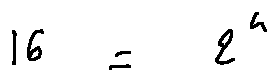
1 6 = 2 ^ { 4 }